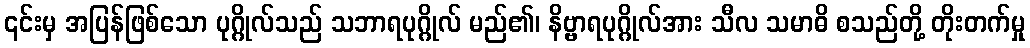
၎င်းမှ အပြန်ဖြစ်သော ပုဂ္ဂိုလ်သည် သဘာရပုဂ္ဂိုလ် မည်၏၊ နိဗ္ဗာရပုဂ္ဂိုလ်အား သီလ သမာဓိ စသည်တို့ တိုးတက်မှု